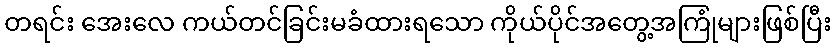
တရင်း အေးလေ ကယ်တင်ခြင်းမခံထားရသော ကိုယ်ပိုင်အတွေ့အကြုံများဖြစ်ပြီး